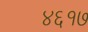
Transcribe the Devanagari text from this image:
४६१७